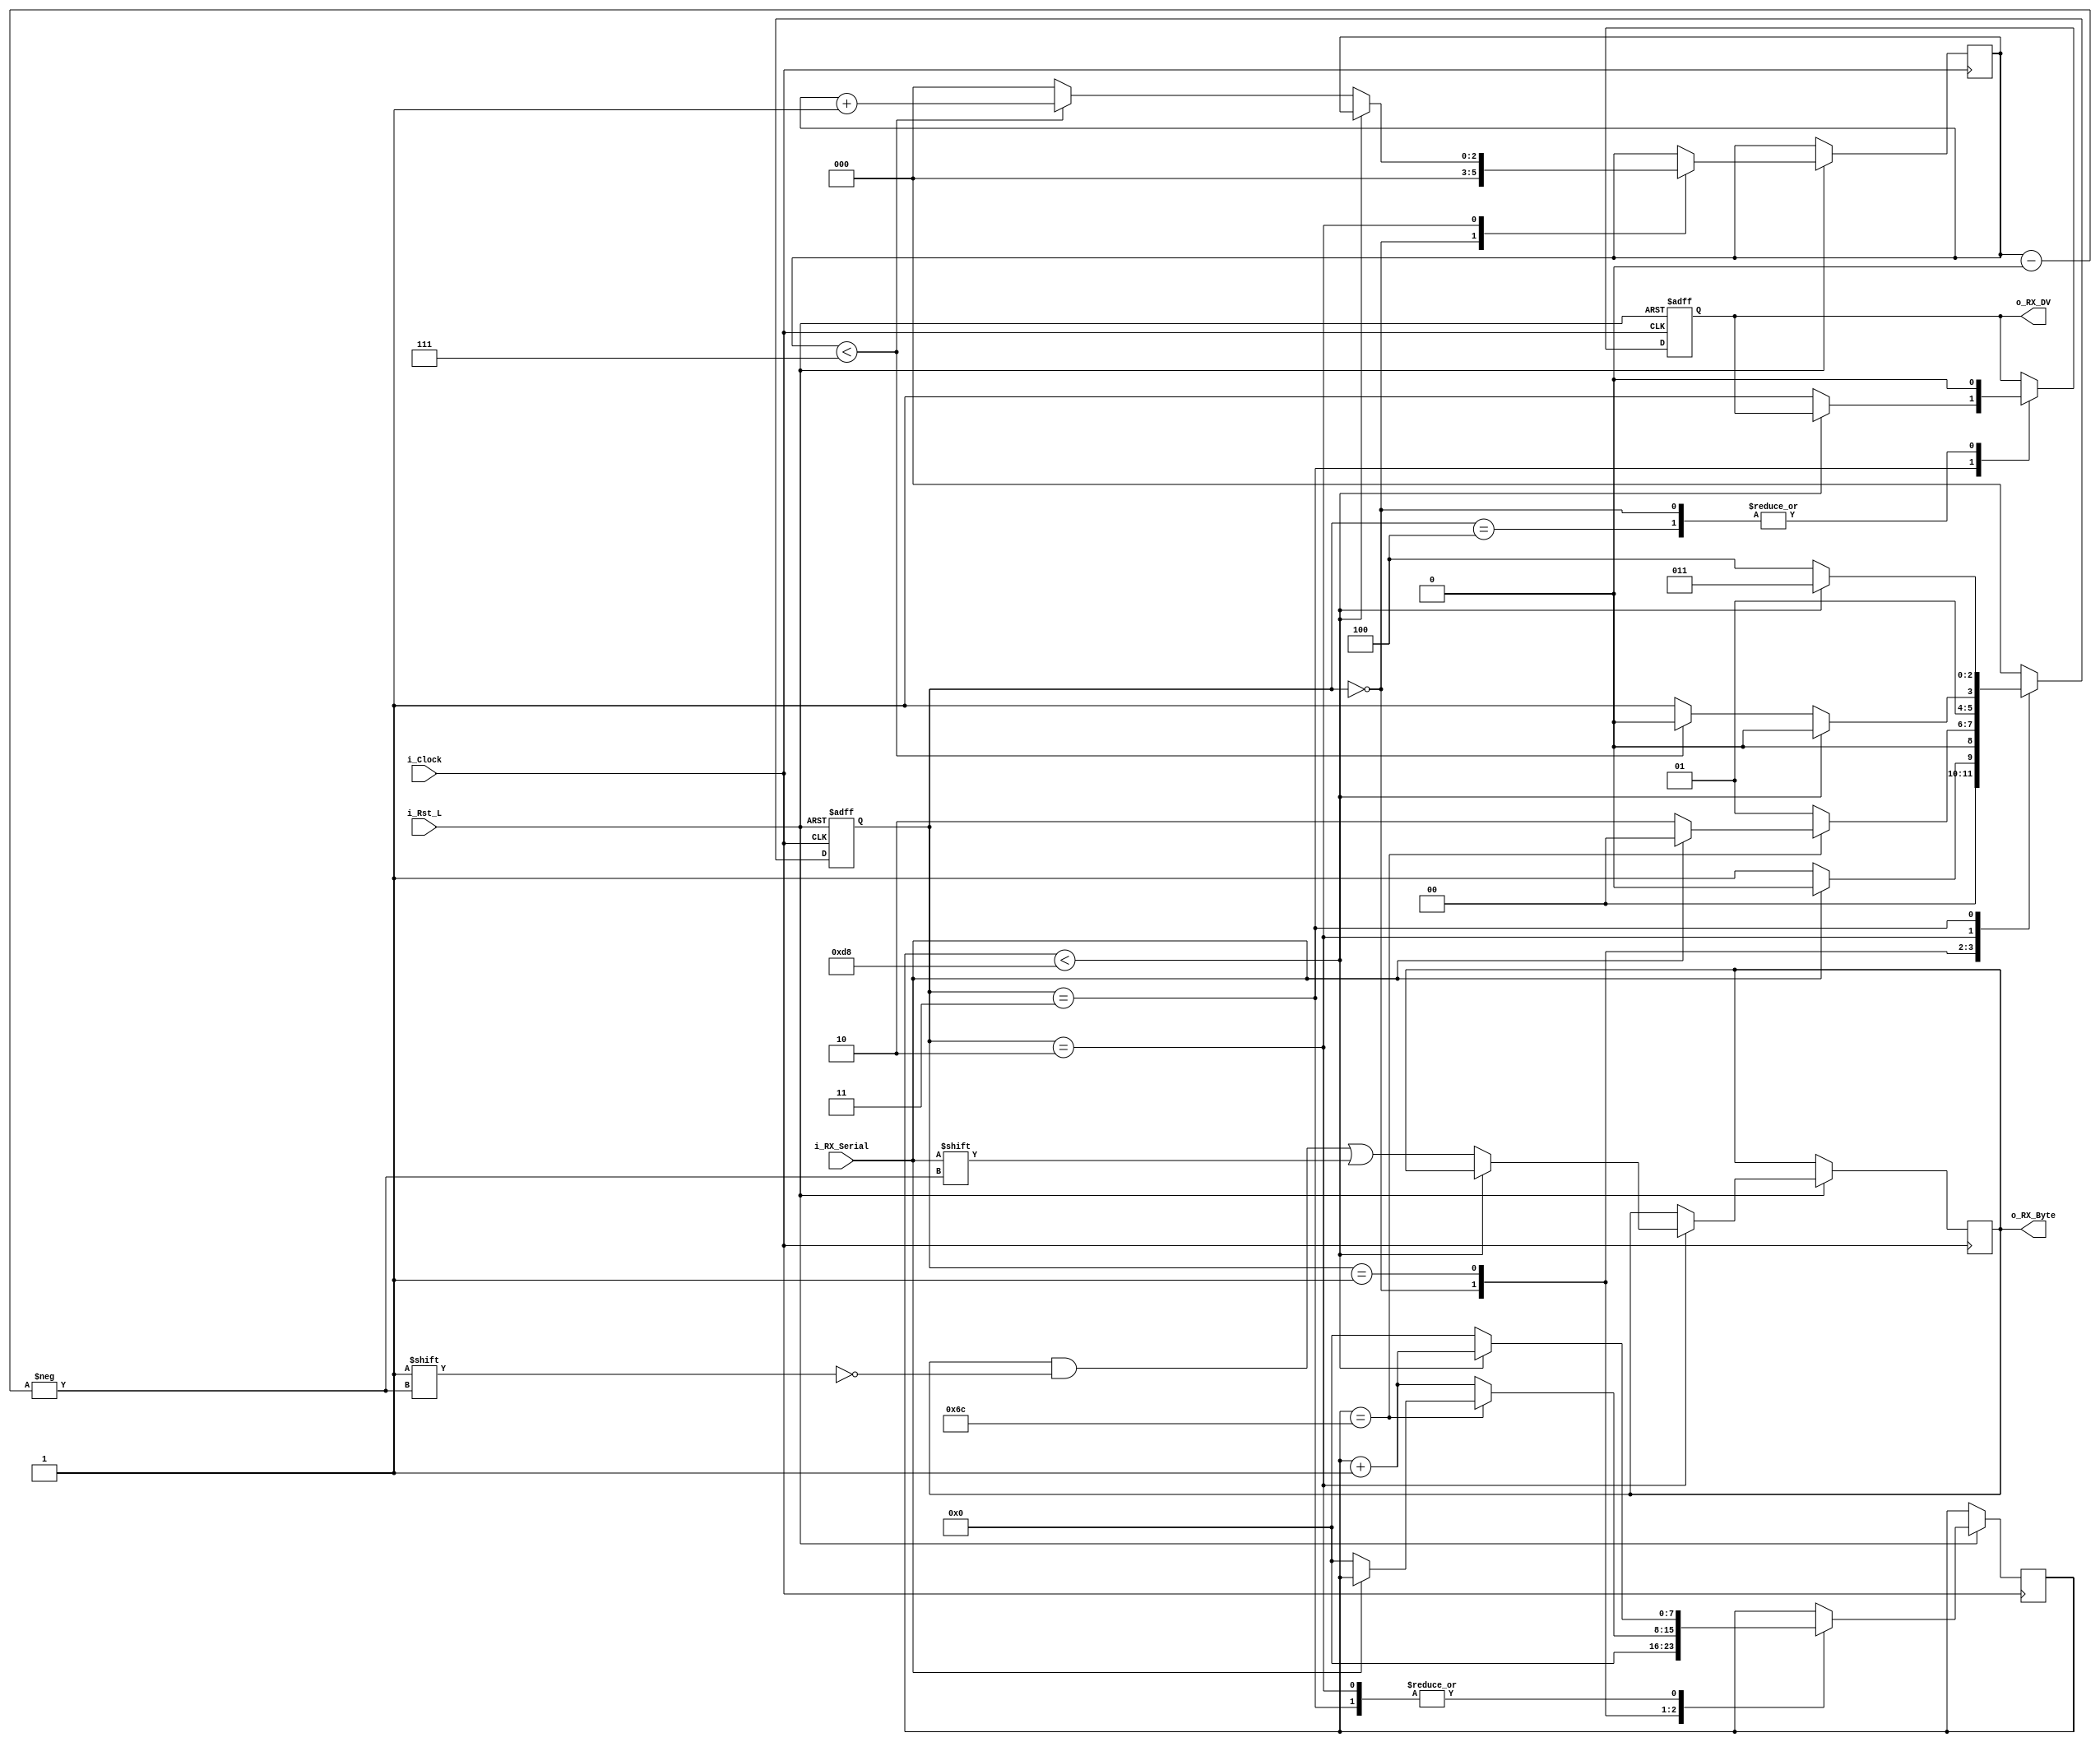
// UART RX/TX Verilog modules.
// Authored by Russell Merrick

module UART_RX #(parameter CLKS_PER_BIT = 217) (
    input            i_Rst_L,
    input            i_Clock,
    input            i_RX_Serial,
    output reg       o_RX_DV,
    output reg [7:0] o_RX_Byte
  );
   
  localparam IDLE         = 3'b000;
  localparam RX_START_BIT = 3'b001;
  localparam RX_DATA_BITS = 3'b010;
  localparam RX_STOP_BIT  = 3'b011;
  localparam CLEANUP      = 3'b100;
  
  reg [$clog2(CLKS_PER_BIT)-1:0] r_Clock_Count;
  reg [2:0] r_Bit_Index; //8 bits total
  reg [2:0] r_SM_Main;
  
  
  // Purpose: Control RX state machine
  always @(posedge i_Clock or negedge i_Rst_L)
  begin
    if (~i_Rst_L)
    begin
      r_SM_Main <= 3'b000;
      o_RX_DV   <= 1'b0;
    end
    else
    begin
      case (r_SM_Main)
      IDLE :
        begin
          o_RX_DV       <= 1'b0;
          r_Clock_Count <= 0;
          r_Bit_Index   <= 0;
          
          if (i_RX_Serial == 1'b0)          // Start bit detected
            r_SM_Main <= RX_START_BIT;
          else
            r_SM_Main <= IDLE;
        end
      
      // Check middle of start bit to make sure it's still low
      RX_START_BIT :
        begin
          if (r_Clock_Count == (CLKS_PER_BIT-1)/2)
          begin
            if (i_RX_Serial == 1'b0)
            begin
              r_Clock_Count <= 0;  // reset counter, found the middle
              r_SM_Main     <= RX_DATA_BITS;
            end
            else
              r_SM_Main <= IDLE;
          end
          else
          begin
            r_Clock_Count <= r_Clock_Count + 1;
            r_SM_Main     <= RX_START_BIT;
          end
        end // case: RX_START_BIT
      
      
      // Wait CLKS_PER_BIT-1 clock cycles to sample serial data
      RX_DATA_BITS :
        begin
          if (r_Clock_Count < CLKS_PER_BIT-1)
          begin
            r_Clock_Count <= r_Clock_Count + 1;
            r_SM_Main     <= RX_DATA_BITS;
          end
          else
          begin
            r_Clock_Count          <= 0;
            o_RX_Byte[r_Bit_Index] <= i_RX_Serial;
            
            // Check if we have received all bits
            if (r_Bit_Index < 7)
            begin
              r_Bit_Index <= r_Bit_Index + 1;
              r_SM_Main   <= RX_DATA_BITS;
            end
            else
            begin
              r_Bit_Index <= 0;
              r_SM_Main   <= RX_STOP_BIT;
            end
          end
        end // case: RX_DATA_BITS
      
      
      // Receive Stop bit.  Stop bit = 1
      RX_STOP_BIT :
        begin
          // Wait CLKS_PER_BIT-1 clock cycles for Stop bit to finish
          if (r_Clock_Count < CLKS_PER_BIT-1)
          begin
            r_Clock_Count <= r_Clock_Count + 1;
            r_SM_Main     <= RX_STOP_BIT;
          end
          else
          begin
            o_RX_DV       <= 1'b1;
            r_Clock_Count <= 0;
            r_SM_Main     <= CLEANUP;
          end
        end // case: RX_STOP_BIT
      
      
      // Stay here 1 clock
      CLEANUP :
        begin
          r_SM_Main <= IDLE;
          o_RX_DV   <= 1'b0;
        end
      
      
      default :
        r_SM_Main <= IDLE;
      
    endcase
    end // else: !if(~i_Rst_L)
  end // always @ (posedge i_Clock or negedge i_Rst_L)
  
endmodule // UART_RX

module UART_TX #(parameter CLKS_PER_BIT = 217) (
    input       i_Rst_L,
    input       i_Clock,
    input       i_TX_DV,
    input [7:0] i_TX_Byte, 
    output reg  o_TX_Active,
    output reg  o_TX_Serial,
    output reg  o_TX_Done
  );
 
  localparam IDLE         = 2'b00;
  localparam TX_START_BIT = 2'b01;
  localparam TX_DATA_BITS = 2'b10;
  localparam TX_STOP_BIT  = 2'b11;
  
  reg [2:0] r_SM_Main;
  reg [$clog2(CLKS_PER_BIT):0] r_Clock_Count;
  reg [2:0] r_Bit_Index;
  reg [7:0] r_TX_Data;


  // Purpose: Control TX state machine
  always @(posedge i_Clock or negedge i_Rst_L)
  begin
    if (~i_Rst_L)
    begin
      r_SM_Main <= 3'b000;
    end
    else
    begin

      o_TX_Done <= 1'b0;

      case (r_SM_Main)
      IDLE :
        begin
          o_TX_Serial   <= 1'b1;         // Drive Line High for Idle
          r_Clock_Count <= 0;
          r_Bit_Index   <= 0;
          
          if (i_TX_DV == 1'b1)
          begin
            o_TX_Active <= 1'b1;
            r_TX_Data   <= i_TX_Byte;
            r_SM_Main   <= TX_START_BIT;
          end
          else
            r_SM_Main <= IDLE;
        end // case: IDLE
      
      
      // Send out Start Bit. Start bit = 0
      TX_START_BIT :
        begin
          o_TX_Serial <= 1'b0;
          
          // Wait CLKS_PER_BIT-1 clock cycles for start bit to finish
          if (r_Clock_Count < CLKS_PER_BIT-1)
          begin
            r_Clock_Count <= r_Clock_Count + 1;
            r_SM_Main     <= TX_START_BIT;
          end
          else
          begin
            r_Clock_Count <= 0;
            r_SM_Main     <= TX_DATA_BITS;
          end
        end // case: TX_START_BIT
      
      
      // Wait CLKS_PER_BIT-1 clock cycles for data bits to finish         
      TX_DATA_BITS :
        begin
          o_TX_Serial <= r_TX_Data[r_Bit_Index];
          
          if (r_Clock_Count < CLKS_PER_BIT-1)
          begin
            r_Clock_Count <= r_Clock_Count + 1;
            r_SM_Main     <= TX_DATA_BITS;
          end
          else
          begin
            r_Clock_Count <= 0;
            
            // Check if we have sent out all bits
            if (r_Bit_Index < 7)
            begin
              r_Bit_Index <= r_Bit_Index + 1;
              r_SM_Main   <= TX_DATA_BITS;
            end
            else
            begin
              r_Bit_Index <= 0;
              r_SM_Main   <= TX_STOP_BIT;
            end
          end 
        end // case: TX_DATA_BITS
      
      
      // Send out Stop bit.  Stop bit = 1
      TX_STOP_BIT :
        begin
          o_TX_Serial <= 1'b1;
          
          // Wait CLKS_PER_BIT-1 clock cycles for Stop bit to finish
          if (r_Clock_Count < CLKS_PER_BIT-1)
          begin
            r_Clock_Count <= r_Clock_Count + 1;
            r_SM_Main     <= TX_STOP_BIT;
          end
          else
          begin
            o_TX_Done     <= 1'b1;
            r_Clock_Count <= 0;
            r_SM_Main     <= IDLE;
            o_TX_Active   <= 1'b0;
          end 
        end // case: TX_STOP_BIT      
      
      default :
        r_SM_Main <= IDLE;
      
    endcase
    end // else: !if(~i_Rst_L)
  end // always @ (posedge i_Clock or negedge i_Rst_L)

  
endmodule